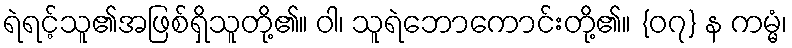
ရဲရင့်သူ၏အဖြစ်ရှိသူတို့၏။ ဝါ၊ သူရဲဘောကောင်းတို့၏။ {၀၇} န ကမ္မံ၊